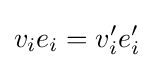
v_{i}e_{i}=v'_{i}e'_{i}